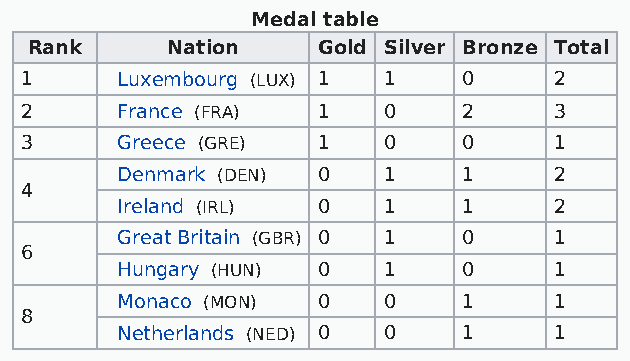
Medal table
 Rank     Nation    Gold Silver Bronze Total
 1      Luxembourg (LUX) 1 1   0     2
 2      France (FRA) 1   0     2     3
 3      Greece (GRE) 1   0     0     1
 Denmark (DEN) 0  1     1     2
 4
 Ireland (IRL) 0  1     1     2
 Great Britain (GBR) 0 1 0    1
 6
 Hungary (HUN) 0  1     0     1
 Monaco (MON) 0   0     1     1
 8
 Netherlands (NED) 0 0  1     1